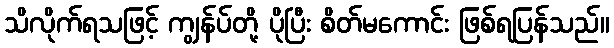
သိလိုက်ရသဖြင့် ကျွန်ပ်တို့ ပိုပြီး စိတ်မကောင်း ဖြစ်ရပြန်သည်။